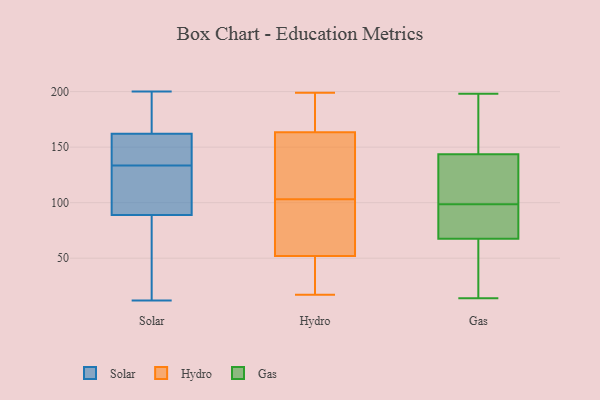
{"axis": {"x": "Headcount", "y": "Value"}, "legend": ["Gas", "Hydro", "Solar"], "data": [{"x": "", "y": 38, "type": "Solar"}, {"x": "", "y": 183, "type": "Solar"}, {"x": "", "y": 126, "type": "Solar"}, {"x": "", "y": 89, "type": "Solar"}, {"x": "", "y": 118, "type": "Solar"}, {"x": "", "y": 143, "type": "Solar"}, {"x": "", "y": 12, "type": "Solar"}, {"x": "", "y": 142, "type": "Solar"}, {"x": "", "y": 141, "type": "Solar"}, {"x": "", "y": 179, "type": "Solar"}, {"x": "", "y": 170, "type": "Solar"}, {"x": "", "y": 82, "type": "Solar"}, {"x": "", "y": 113, "type": "Solar"}, {"x": "", "y": 26, "type": "Solar"}, {"x": "", "y": 155, "type": "Solar"}, {"x": "", "y": 200, "type": "Solar"}, {"x": "", "y": 104, "type": "Solar"}, {"x": "", "y": 162, "type": "Solar"}, {"x": "", "y": 166, "type": "Hydro"}, {"x": "", "y": 29, "type": "Hydro"}, {"x": "", "y": 197, "type": "Hydro"}, {"x": "", "y": 199, "type": "Hydro"}, {"x": "", "y": 156, "type": "Hydro"}, {"x": "", "y": 66, "type": "Hydro"}, {"x": "", "y": 20, "type": "Hydro"}, {"x": "", "y": 113, "type": "Hydro"}, {"x": "", "y": 75, "type": "Hydro"}, {"x": "", "y": 46, "type": "Hydro"}, {"x": "", "y": 190, "type": "Hydro"}, {"x": "", "y": 52, "type": "Hydro"}, {"x": "", "y": 103, "type": "Hydro"}, {"x": "", "y": 65, "type": "Hydro"}, {"x": "", "y": 156, "type": "Hydro"}, {"x": "", "y": 134, "type": "Hydro"}, {"x": "", "y": 17, "type": "Hydro"}, {"x": "", "y": 52, "type": "Hydro"}, {"x": "", "y": 167, "type": "Hydro"}, {"x": "", "y": 198, "type": "Gas"}, {"x": "", "y": 166, "type": "Gas"}, {"x": "", "y": 97, "type": "Gas"}, {"x": "", "y": 140, "type": "Gas"}, {"x": "", "y": 147, "type": "Gas"}, {"x": "", "y": 101, "type": "Gas"}, {"x": "", "y": 30, "type": "Gas"}, {"x": "", "y": 177, "type": "Gas"}, {"x": "", "y": 95, "type": "Gas"}, {"x": "", "y": 104, "type": "Gas"}, {"x": "", "y": 82, "type": "Gas"}, {"x": "", "y": 69, "type": "Gas"}, {"x": "", "y": 66, "type": "Gas"}, {"x": "", "y": 101, "type": "Gas"}, {"x": "", "y": 193, "type": "Gas"}, {"x": "", "y": 14, "type": "Gas"}, {"x": "", "y": 81, "type": "Gas"}, {"x": "", "y": 23, "type": "Gas"}, {"x": "", "y": 100, "type": "Gas"}, {"x": "", "y": 36, "type": "Gas"}]}